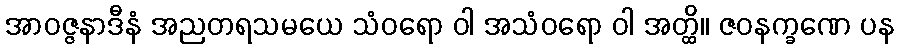
အာဝဇ္ဇနာဒီနံ အညတရသမယေ သံဝရော ဝါ အသံဝရော ဝါ အတ္ထိ။ ဇဝနက္ခဏေ ပန